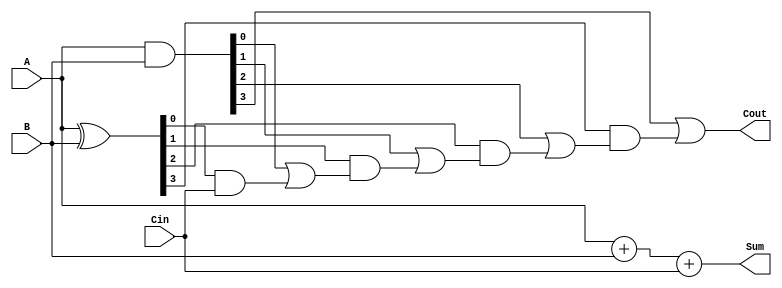
module CarrySkipAdder(
    input wire [3:0] A,
    input wire [3:0] B,
    input wire Cin,
    output reg [3:0] Sum,
    output reg Cout
);

reg [3:0] P, G;
reg [2:0] C;

assign P = A ^ B;
assign G = A & B;
assign C[0] = G[0] | (P[0] & Cin);
assign C[1] = G[1] | (P[1] & C[0]);
assign C[2] = G[2] | (P[2] & C[1]);
assign Cout = G[3] | (P[3] & C[2]);

assign Sum = A + B + Cin;

endmodule